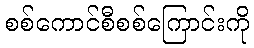
စစ်ကောင်စီစစ်ကြောင်းကို